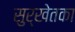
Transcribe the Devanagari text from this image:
सुर्खेतका